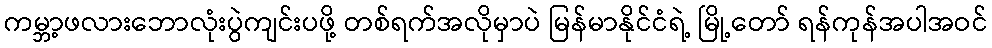
ကမ္ဘာ့ဖလားဘောလုံးပွဲကျင်းပဖို့ တစ်ရက်အလိုမှာပဲ မြန်မာနိုင်ငံရဲ့ မြို့တော် ရန်ကုန်အပါအဝင်